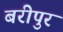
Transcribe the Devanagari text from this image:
बरीपुर